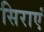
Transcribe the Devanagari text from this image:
सिराएं